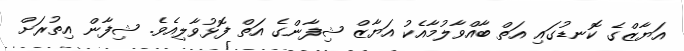
އަޔާޒްގެ ކޮނޑުގައި އަތް ބާއްވާލުމާއެކު އަޔާޒް ޝިފާންގެ އަތް ފޮޅުވާލިއެވެ. ޝިފާން އިތުރަށް